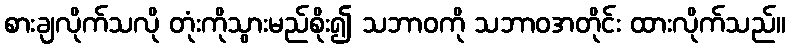
စားချလိုက်သလို တုံးကိုသွားမည်စိုး၍ သဘာဝကို သဘာဝအတိုင်း ထားလိုက်သည်။